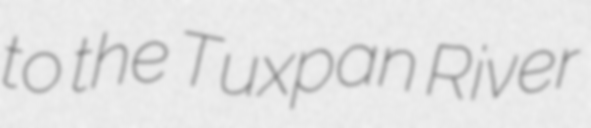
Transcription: to the Tuxpan River